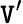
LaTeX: \mathtt{V}^{\prime}